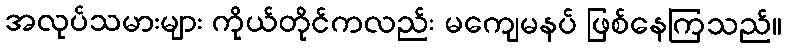
အလုပ်သမားများ ကိုယ်တိုင်ကလည်း မကျေမနပ် ဖြစ်နေကြသည်။